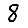
Digit: 8